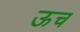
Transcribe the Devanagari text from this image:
ऊच